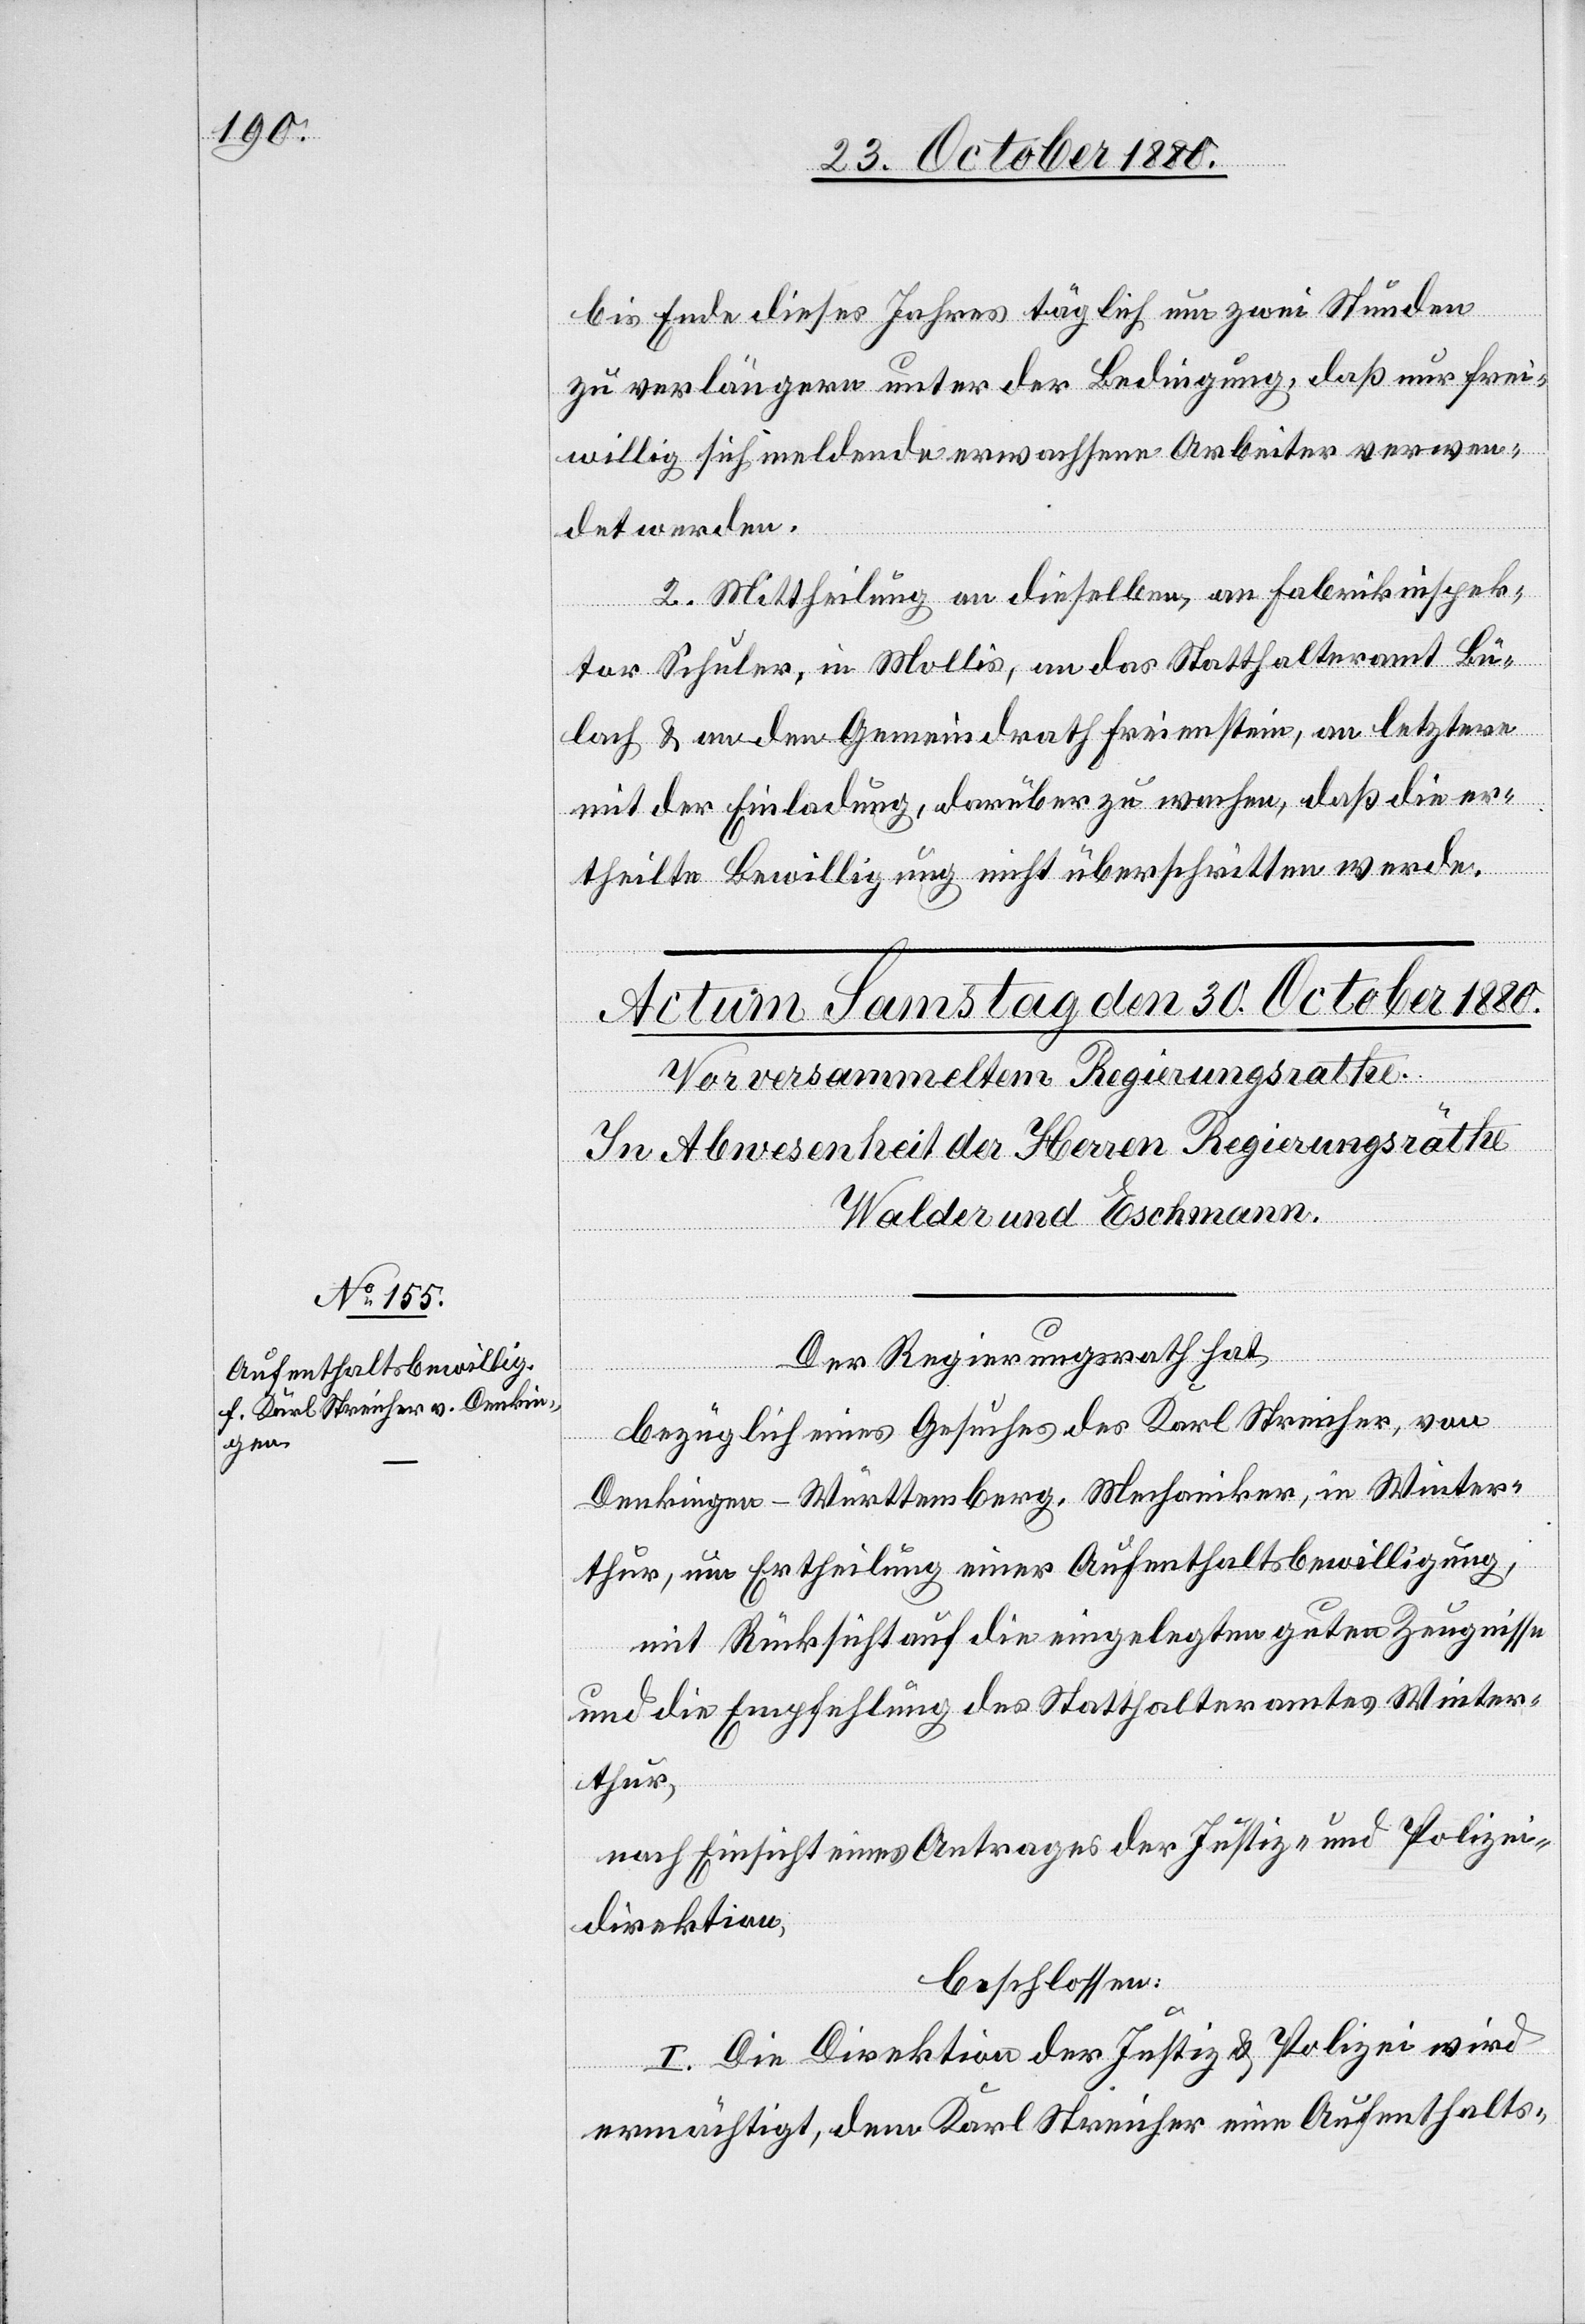
bis Ende dieses Jahres täglich um zwei Stunden
zu verlängern unter der Bedingung, daß nur frei¬
willig sich meldende erwachsene Arbeiter verwen¬
det werden.
2. Mittheilung an dieselben, an Fabrikinspek¬
tor Schuler, in Mollis, an das Statthalteramt Bü¬
lach & an den Gemeindrath Freienstein, an letztern
mit der Einladung, darüber zu wachen, daß die er¬
theilte Bewilligung nicht überschritten werde.
Der Regierungsrath hat,
bezüglich eines Gesuches des Karl Streicher, von
Denkingen - Württemberg, Mechaniker, in Winter¬
thur, um Ertheilung einer Aufenthaltsbewilligung,
mit Rücksicht auf die eingelegten guten Zeugnisse
und die Empfehlung des Statthalteramtes Winter¬
thur,
nach Einsicht eines Antrages der Justiz- & und Polizei¬
direktion,
beschlossen:
I. Die Direktion der Justiz- & Polizei wird
ermächtigt, dem Karl Streicher eine Aufenthalts-